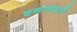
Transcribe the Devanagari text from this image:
चनागश्ती